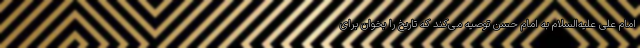
امام علی علیه‌السلام به امام حسن توصیه می‌کند که تاریخ را بخوان برای